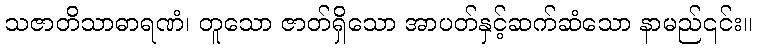
သဇာတိသာဓာရဏံ၊ တူသော ဇာတ်ရှိသော အာပတ်နှင့်ဆက်ဆံသော နာမည်၎င်း။